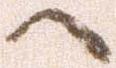
へ